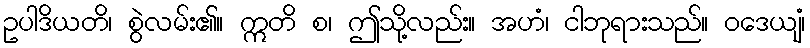
ဥပါဒိယတိ၊ စွဲလမ်း၏။ ဣတိ စ၊ ဤသို့လည်း။ အဟံ၊ ငါဘုရားသည်။ ဝဒေယျံ၊